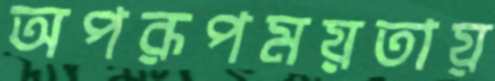
অপরূপময়তায়